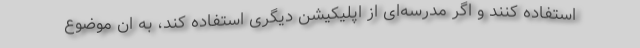
استفاده کنند و اگر مدرسه‌ای از اپلیکیشن دیگری استفاده کند، به ان موضوع